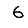
Digit: 6